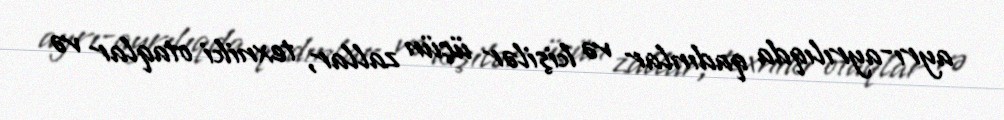
ayrı-ayrılıqda qadınlar və kişilər üçün zallar, texniki otaqlar və